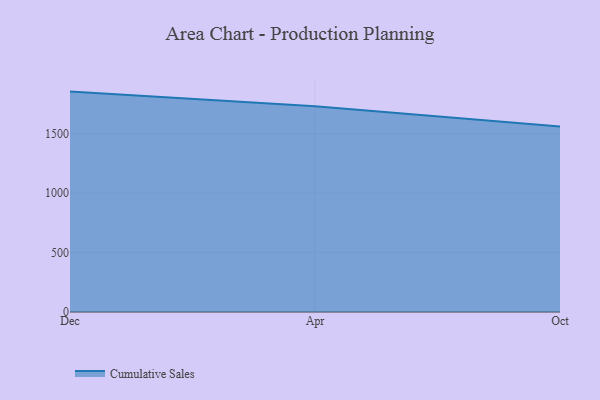
{"axis": {"x": "Month", "y": "Budget (USD K)"}, "legend": ["Cumulative Sales"], "data": [{"x": "Dec", "y": 1855.2, "type": "Cumulative Sales"}, {"x": "Apr", "y": 1732.4, "type": "Cumulative Sales"}, {"x": "Oct", "y": 1562.2, "type": "Cumulative Sales"}]}